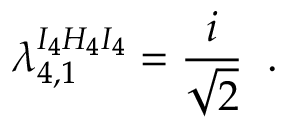
\lambda _ { 4 , 1 } ^ { I _ { 4 } H _ { 4 } I _ { 4 } } = \frac { i } { \sqrt { 2 } } \; \; .